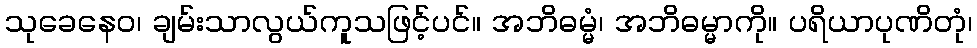
သုခေနေဝ၊ ချမ်းသာလွယ်ကူသဖြင့်ပင်။ အဘိဓမ္မံ၊ အဘိဓမ္မာကို။ ပရိယာပုဏိတုံ၊